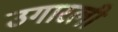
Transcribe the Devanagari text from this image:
उगारली